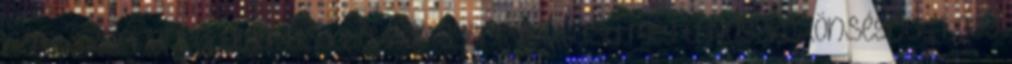
némi szárnypróbálgatásod, akkor gyere, mutasd meg a nagyközönségnek, hogy